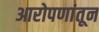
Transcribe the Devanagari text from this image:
आरोपणांतून